Vaccination United Provinces of Agra and Oudh 1902-1913 - 1902-1913
Year: 1902
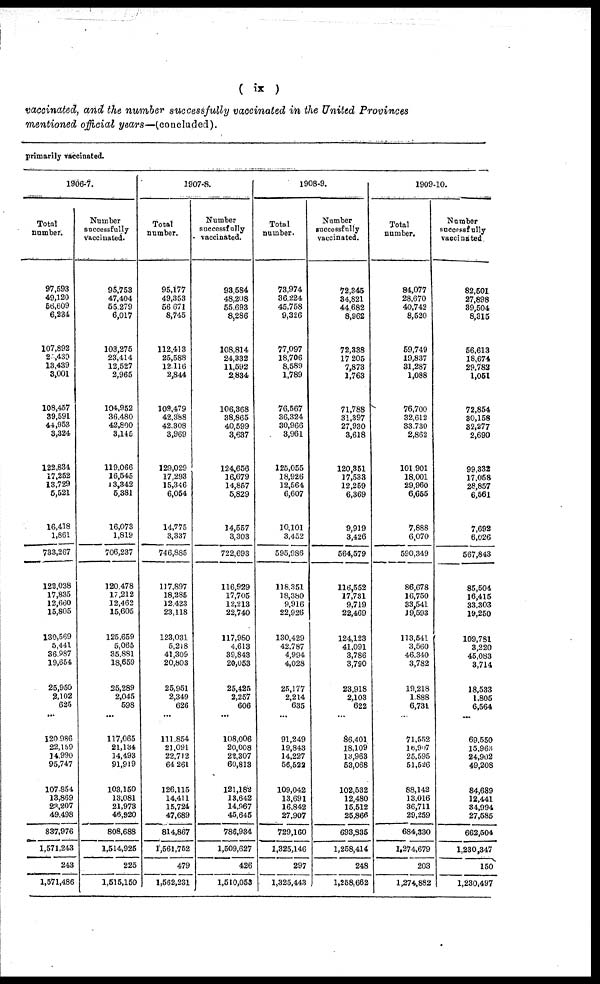
( ix )
vaccinated, and the number successfully vaccinated in the United Provinces
mentioned official years—(concluded).
primarily vaccinated.
1906-7.
Total
number.
97,593
49,120
56,609
6,234
107,892
25,430
13,439
3,001
108,457
39,591
44,953
3,324
122,834
17,252
13,729
5,521
16,418
1,861
733,267
122,038
17,835
12,660
15,805
130,569
5,441
36,987
19,654
25,950
2,102
625
...
120,986
22,159
14,990
95,747
107.854
13,869
23,207
49,498
837,976
1,571,243
243
1,571,486
Number
successfully
vaccinated.
95,753
47,404
55,279
6,017
103,275
23,414
12,527
2,965
104,952
36,480
42,800
3,145
119,066
16,545
13,342
5,381
16,073
1,819
706,237
120,478
17,212
12,462
15,605
125,659
5,065
35,881
18,659
25,289
2,045
598
...
117,065
21,134
14,493
91,919
103,150
13,081
21,973
46,920
808,688
1,514,925
225
1,515,150
1907-8.
Total
number.
95,177
49,353
56,671
8,745
112,413
25,588
12.116
2,844
109,479
42,388
42,308
3,969
129,029
17,293
15,346
6,054
14,775
3,337
746,885
117,897
18,285
12,423
23,118
123,031
5,218
41,309
20,803
25,951
2,349
626
...
111,854
21,091
22,712
64,261
126,115
14,411
15,724
47,689
814,867
1,561,752
479
1,562,231
Number
successfully
vaccinated.
93,584
48,208
55,693
8,286
108,814
24,332
11,592
2,834
106,368
38,865
40,599
3,637
124,656
16,679
14,857
5,829
14,557
3,303
722,693
116,929
17,705
12,213
22,740
117,980
4,613
39,843
20,053
25,425
2,257
606
...
108,006
20,008
22,307
60,813
121,182
13,642
14,967
45,645
786,934
1,509,627
426
1,510,053
1908-9.
Total
number.
73,974
36,224
45,758
9,326
77,097
18,706
8,589
1,789
76,567
36,324
30,966
3,961
125,055
18,926
12,564
6,607
10,101
3,452
595,986
118,351
18,380
9,916
22,926
130,429
42,787
4,994
4,028
25,177
2,214
635
...
91,249
19,843
14,227
56,522
109,042
13,691
16,842
27,907
729,160
1,325,146
297
1,325,443
Number
successfully
vaccinated.
72,345
34,821
44,682
8,962
72,338
17,205
7,873
1,763
71,788
31,397
27,930
3,618
120,351
17,533
12,259
6,369
9,919
3,426
564,579
116,552
17,731
9,719
22,469
124,123
41,091
3,786
3,790
23,918
2,103
622
...
86,401
18,109
13,963
53,068
102,532
12,480
15,512
25,866
693,835
1,258,414
248
1,258,662
1909-10.
Total
number.
84,077
28,670
40,742
8,520
59,749
19,837
31,287
1,088
76,700
32,612
33,730
2,862
101,901
18,001
29,960
6,655
7,888
6,070
590,349
86,678
16,750
33,541
19,593
113,541
3,560
46,340
3,782
19,218
1,888
6,731
...
71,552
16,907
25,595
51,526
88,142
13,016
36,711
29,259
684,330
1,274,679
203
1,274,882
Number
successfully
vaccinated
82,501
27,898
39,504
8,315
56,613
18,674
29,782
1,051
72,854
30,158
32,277
2,690
99,332
17,058
28,857
6,561
7,692
6,026
567,843
85,504
16,415
33,303
19,250
109,781
3,220
45,083
3,714
18,533
1,805
6,564
...
69,550
15,963
24,902
49,208
84,689
12,441
34,994
27,585
662,504
1,230,347
150
1,230,497